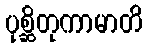
ပုစ္ဆိတုကာမာတိ